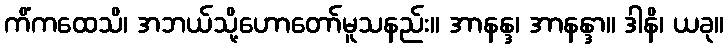
ကိံကထေသိ၊ အဘယ်သို့ဟောတော်မူသနည်း။ အာနန္ဒ၊ အာနန္ဒာ။ ဒါနိ၊ ယခု။